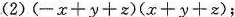
(2)$$(-x+y+z)(x+y+z)$$;